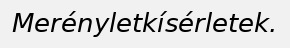
Merényletkísérletek.